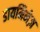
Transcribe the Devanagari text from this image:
डायमिनेज़